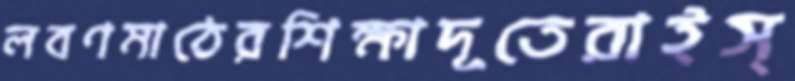
লবণমাঠেরশিক্ষাদূতেরাইস্